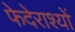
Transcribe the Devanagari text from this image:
फेदेराश्यों